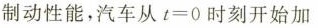
制动性能，汽车从$$t=0$$时刻开始加